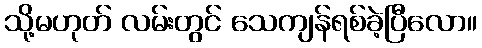
သို့မဟုတ် လမ်းတွင် သေကျန်ရစ်ခဲ့ပြီလော။